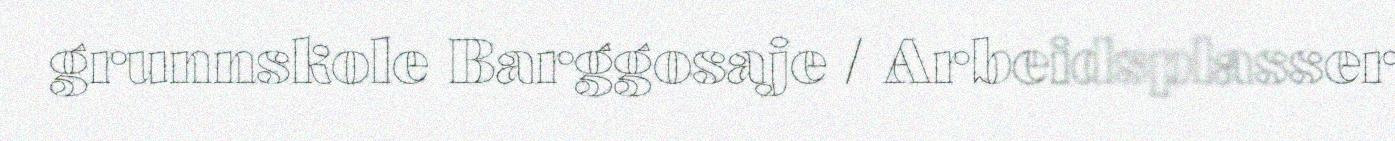
grunnskole Barggosaje / Arbeidsplasser